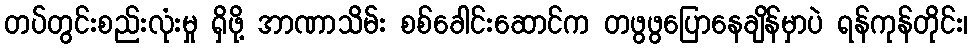
တပ်တွင်းစည်းလုံးမှု ရှိဖို့ အာဏာသိမ်း စစ်ခေါင်းဆောင်က တဖွဖွပြောနေချိန်မှာပဲ ရန်ကုန်တိုင်း၊